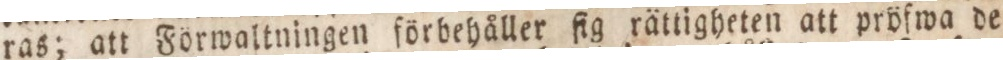
ras; att Förwaltningen förbehåller ſig rättigheten att pröfwa de